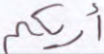
أريكم